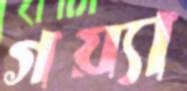
গয়্যা